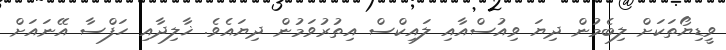
ވީޑިޔޯތަކަށް ލިބެމުން ދިޔަ ވިއުސްއާއި ލައިކްސް އިތުރުވަމުން ދިޔައެވެ. ޚާލިދާއި ހަފްސާ އޭނައަށް